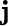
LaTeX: \textbf{j}